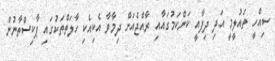
ސިއްހީ ތައުލީމީ އަދި ދިފާއީ ކަންކަމުގައާއި ރާއްޖެއަށް ދިމާވާ އެކިއެކި ހާލަތްތަކުގައި ޕާކިސްތާނުން